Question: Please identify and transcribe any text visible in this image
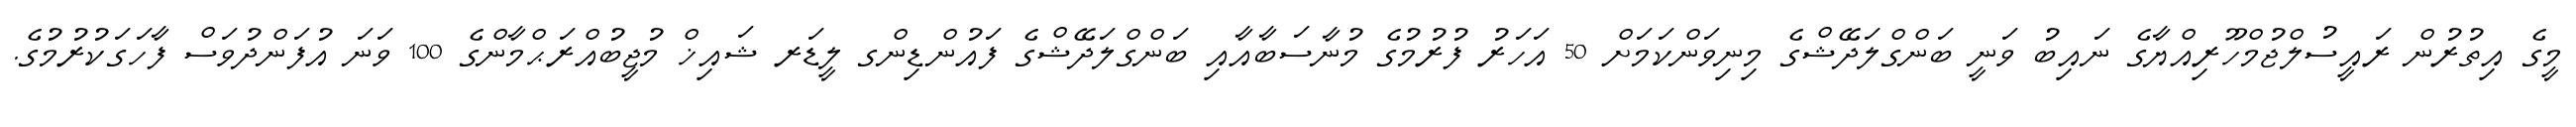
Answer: މީގެ އިތުރުން ރައީސުލްޖުމްހޫރިއްޔާގެ ނައިބު ވަނީ ބަންގްލަދޭޝްގެ މިނިވަންކަމަށް 50 އަހަރު ފުރުމުގެ މުނާސަބާއާއި ބަންގްލަދޭޝްގެ ފައުންޑިންގ ލީޑަރ ޝައިޚް މުޖީބުއްރަޙްމާންގެ 100 ވަނަ އުފަންދުވަސް ފާހަގަކުރުމުގެ.